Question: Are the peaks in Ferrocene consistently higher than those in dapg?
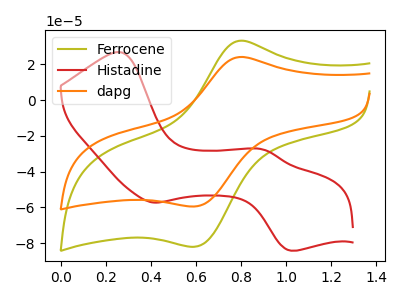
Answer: <think>The olive curve "Ferrocene" has an anodic peak at (0.80V, 32.95uA) and a cathodic peak at (0.60V, -81.95uA). The red curve "Histadine" has anodic peaks at (0.25V, 26.75uA) (0.90V, -27.75uA) and cathodic peaks at (0.40V, -57.30uA) (1.00V, -84.15uA). The orange curve "dapg" has an anodic peak at (0.80V, 23.90uA) and a cathodic peak at (0.60V, -59.45uA).</think>
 <answer>Every peak in "Ferrocene" is higher than every peak in "dapg".</answer>
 <eval>higher</eval>